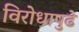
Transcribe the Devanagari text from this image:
विरोधापुढे